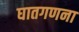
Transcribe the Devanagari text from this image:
घातगणना